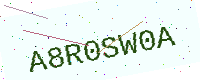
Text: A8R0SW0A